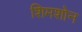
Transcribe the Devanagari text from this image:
शिमशोन